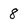
Character: 8